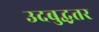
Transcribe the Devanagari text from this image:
उदबुद्धतर